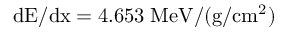
\mathrm { { d E / d x } = 4 . 6 5 3 \; \mathrm { M e V / ( g / c m ^ { 2 } ) } }